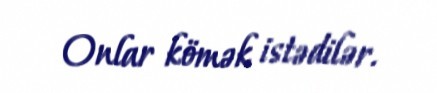
Onlar kömək istədilər.